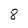
Character: 8